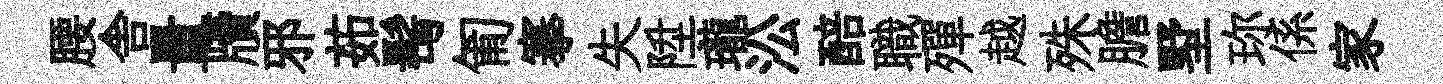
腰舎量牘邪茹髩匍搴失陞瓏㳂醅職殫越殊膽墅珎係家